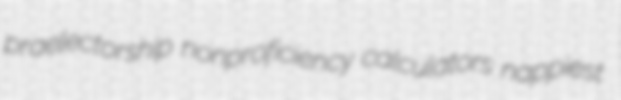
praelectorship nonproficiency calculators nappiest